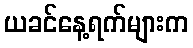
ယခင်နေ့ရက်များက